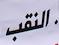
النقب